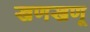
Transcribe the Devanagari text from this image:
खणखणू